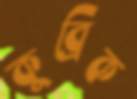
কুব্রিক